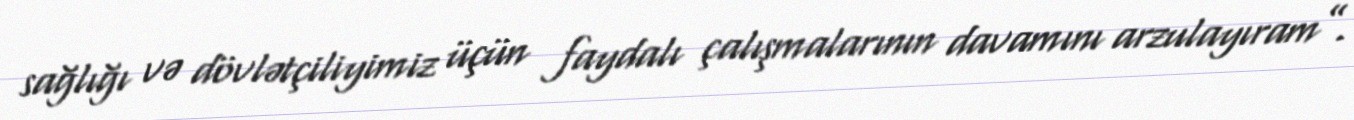
sağlığı və dövlətçiliyimiz üçün faydalı çalışmalarının davamını arzulayıram”.